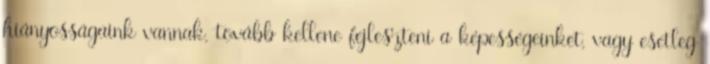
hiányosságaink vannak, tovább kellene fejleszteni a képességeinket, vagy esetleg